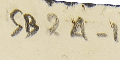
SB2A-1